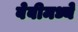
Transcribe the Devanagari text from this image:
बेबीमध्ये